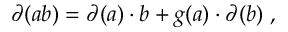
\partial ( a b ) = \partial ( a ) \cdot b + g ( a ) \cdot \partial ( b ) \; ,